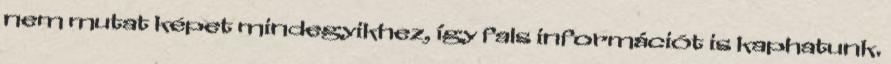
nem mutat képet mindegyikhez, így fals információt is kaphatunk.